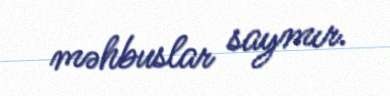
məhbuslar saymır.